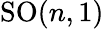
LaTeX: \mathrm{SO}(n,1)